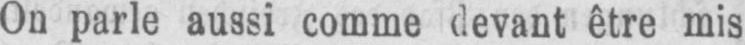
On parle aussi comme devant être mis